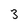
Character: 3